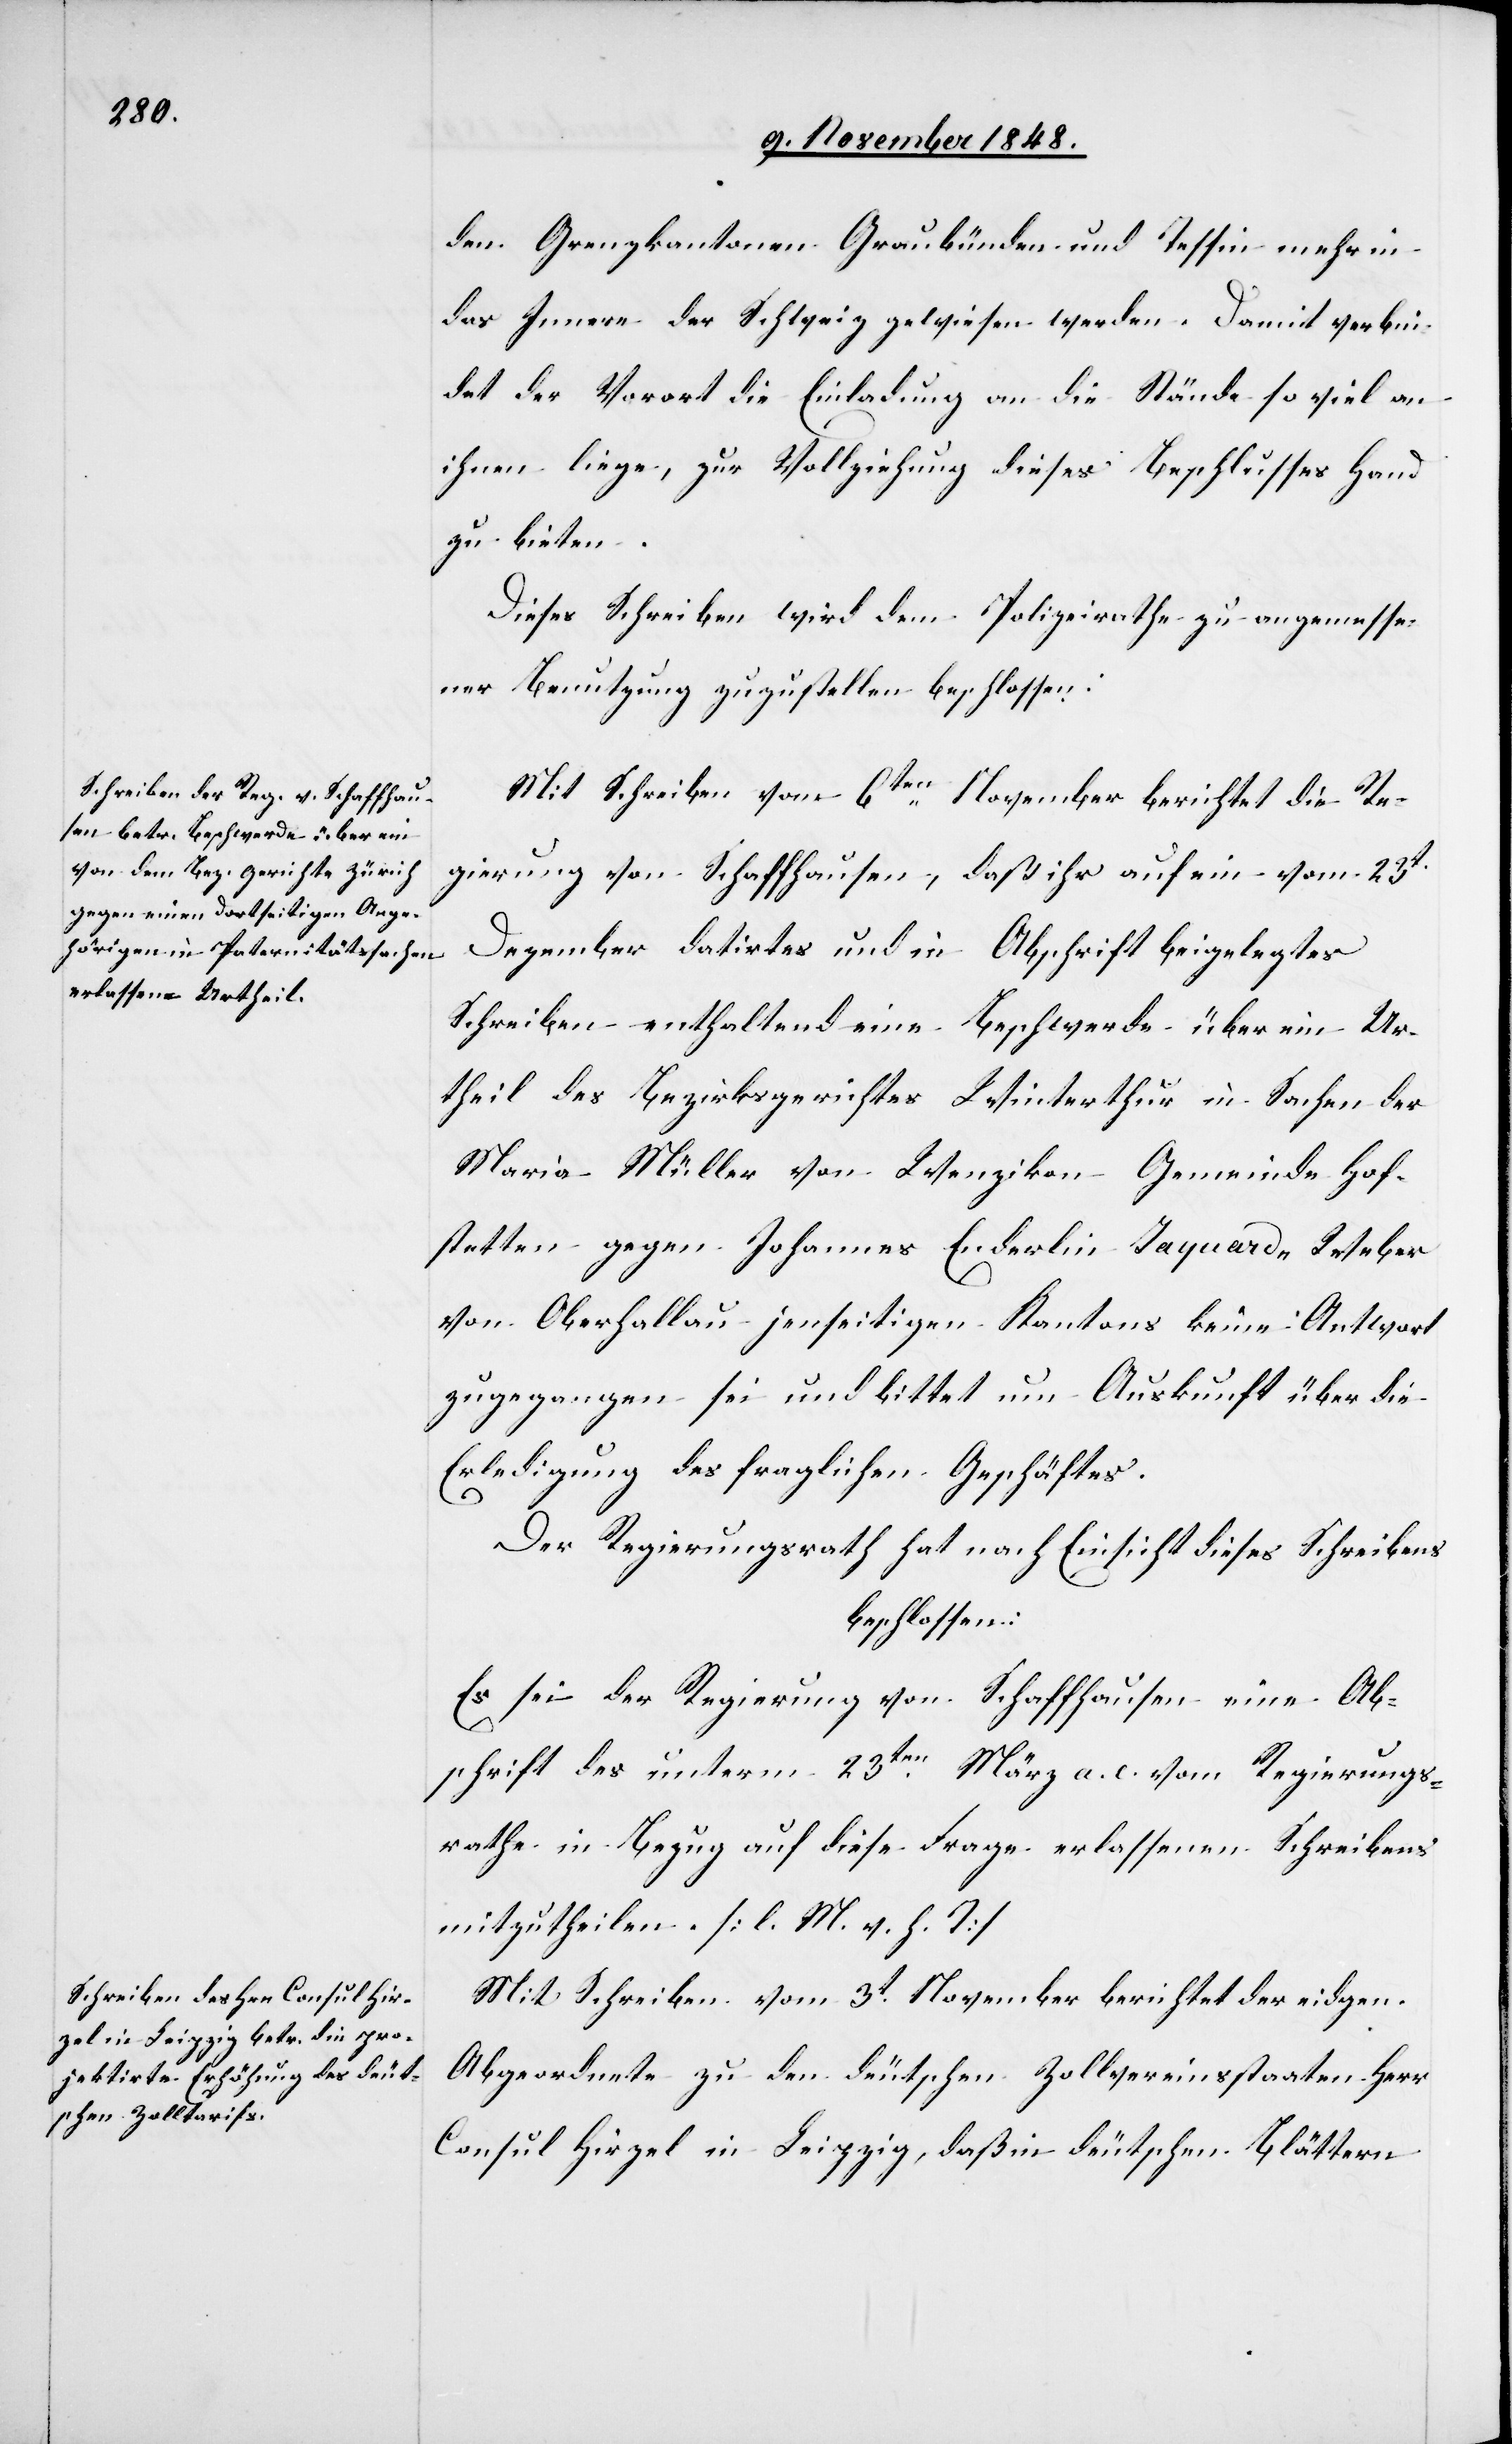
den Grenzkantonen Graubünden und Tessin mehr in
das Innere der Schweiz gewiesen werde. Damit verbin¬
det der Vorort die Einladung an die Stände so viel an
ihnen liege, zur Vollziehung dieses Beschlusses Hand
zu bieten.
Dieses Schreiben wird dem Polizeirathe zu angemesse¬
ner Benutzung zuzustellen beschlossen.
Mit Schreiben vom 6ten November berichtet die Re¬
gierung von Schaffhausen, daß ihr auf ein vom 23t
Dezember datirtes und in Abschrift beigelegtes
Schreiben enthaltend eine Beschwerde über ein Ur¬
theil des Bezirksgerichtes Winterthur in Sachen der
Maria Müller von Wenzikon Gemeinde Hof¬
stetten gegen Johannes Enderlin Jaquard-Weber
von Oberhallau jenseitigen Kantons keine Antwort
zugegangen sei und bittet um Auskunft über die
Erledigung des fraglichen Geschäftes.
Der Regierungsrath hat nach Einsicht dieses Schreibens
beschlossen:
Es sei der Regierung von Schaffhausen eine Ab¬
schrift des unterm 23ten März a. c. vom Regierungs¬
rathe in Bezug auf diese Frage erlassenen Schreibens
mitzutheilen. [l. M. v. h. T]
Mit Schreiben vom 3t November berichtet der eidgen.
Abgeordnete zu den deutschen Zollvereinsstaaten Herr
Consul Hirzel in Leipzig, daß in deutschen Blättern